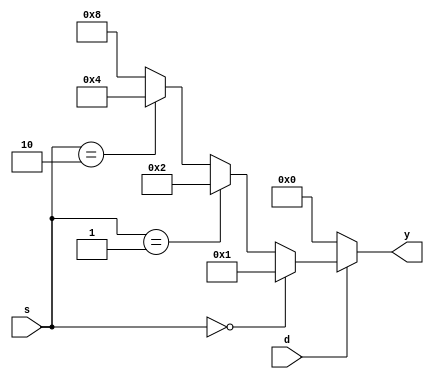
module demux_1_4_beh(d,s,y);
input d;
input [1:0]s;
output [3:0]y;
reg [3:0]y;
always @(d or s)
begin
      if(d==1)
	if(s==2'b00) 
          begin y=4'b0001; end
        else if(s==2'b01) 
          begin y=4'b0010; end
        else if(s==2'b10) 
          begin y=4'b0100; end
        else 
          begin y=4'b1000; end
      else
         y=4'b0000;
end
endmodule